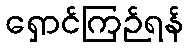
ရှောင်ကြဉ်ရန်